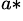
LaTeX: ^{a\ast}